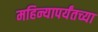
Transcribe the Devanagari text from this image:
महिन्यापर्यंतच्या